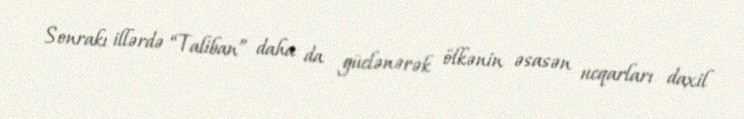
Sonrakı illərdə “Taliban” daha da güclənərək ölkənin əsasən ucqarları daxil